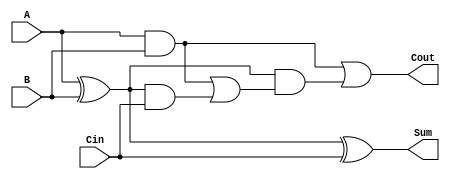
module CarryLookaheadFullAdder (
    input wire A,      // First binary digit
    input wire B,      // Second binary digit
    input wire Cin,    // Carry input
    output wire Sum,   // Sum output
    output wire Cout   // Carry output
);

    // Internal signals for Generate and Propagate
    wire P;           // Propagate signal
    wire G;           // Generate signal
    wire C1;          // First carry output from the full adder

    // Generate and Propagate Logic
    assign P = A ^ B; // Propagate: P = A XOR B
    assign G = A & B; // Generate: G = A AND B

    // Carry output calculation
    assign C1 = G | (P & Cin); // C1 = G OR (P AND Cin)
    assign Cout = G | (P & C1); // Cout = G_next OR (P_next AND C1)

    // Sum output calculation
    assign Sum = P ^ Cin; // Sum = P XOR Cin

endmodule